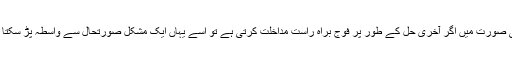
ایسی صورت میں اگر آخری حل کے طور پر فوج براہ راست مداخلت کرتی ہے تو اسے یہاں ایک مشکل صورتحال سے واسطہ پڑ سکتا ہے۔